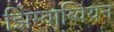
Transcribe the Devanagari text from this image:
झिंम्बाब्वियन